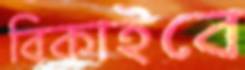
বিকাইবে